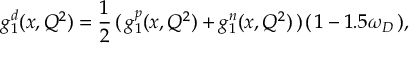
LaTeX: g _ { 1 } ^ { d } ( x , Q ^ { 2 } ) = \frac { 1 } { 2 } \, ( \, g _ { 1 } ^ { p } ( x , Q ^ { 2 } ) + g _ { 1 } ^ { n } ( x , Q ^ { 2 } ) \, ) \, ( \, 1 - 1 . 5 \omega _ { D } \, ) ,